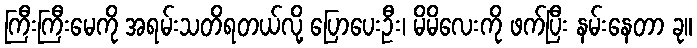
ကြီးကြီးမေကို အရမ်းသတိရတယ်လို့ ပြောပေးဦး၊ မိမိလေးကို ဖက်ပြီး နမ်းနေတာ ခု။